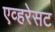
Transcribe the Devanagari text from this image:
एव्हरेसट